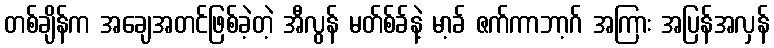
တစ်ချိန်က အချေအတင်ဖြစ်ခဲ့တဲ့ အီလွန် မတ်စ်ခ်နဲ့ မာ့ခ် ဇက်ကာဘာ့ဂ် အကြား အပြန်အလှန်